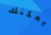
يمكنك